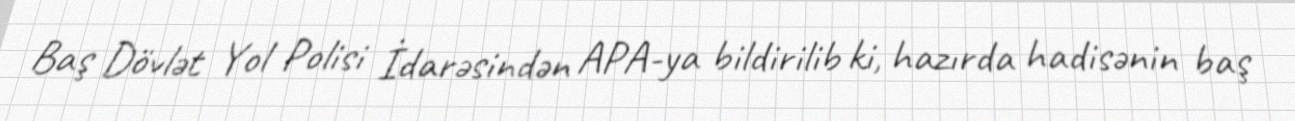
Baş Dövlət Yol Polisi İdarəsindən APA-ya bildirilib ki, hazırda hadisənin baş